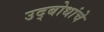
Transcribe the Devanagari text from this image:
उद्बोधांचे